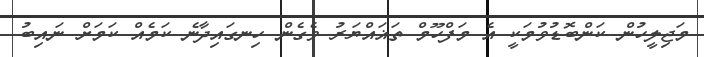
މަޖިލީހުން ކަންބޮޑުވުމަކީ އެ މަފްހޫމް ތަޣައްޔަރު ވެގެން ހިނގައިދާނެ ކަމެއް ކަމަށް ނައިބު